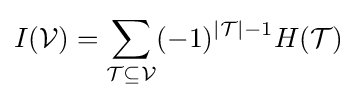
I({\mathcal {V}})=\sum _{{\mathcal {T}}\subseteq {\mathcal {V}}}(-1)^{\left\vert {\mathcal {T}}\right\vert -1}H({\mathcal {T}})